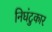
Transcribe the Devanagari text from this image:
निघंटुकार